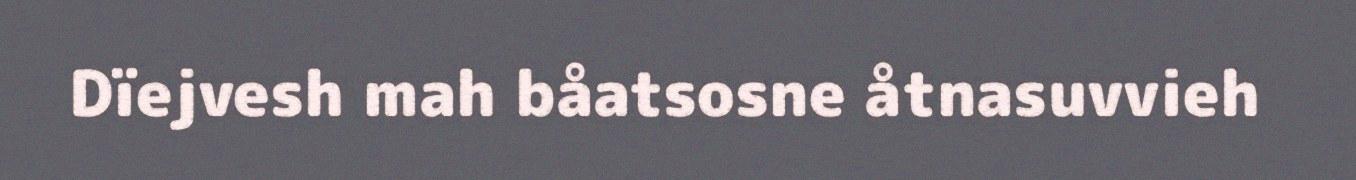
Dïejvesh mah båatsosne åtnasuvvieh